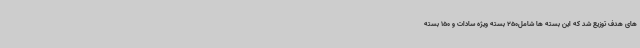
های هدف توزیع شد که این بسته ها شامل250 بسته ویژه سادات و 150 بسته